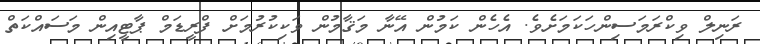
ރަނިލް ވިކްރަމަސިންހަކަމަށެވެ. އެހެން ކަމުން އޭނާ މަޤާމުން ވަކިކުރުމަށް ފްރީޑަމް ޕާޓީއިން މަސައްކަތް